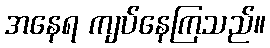
အနေရ ကျပ်နေကြသည်။